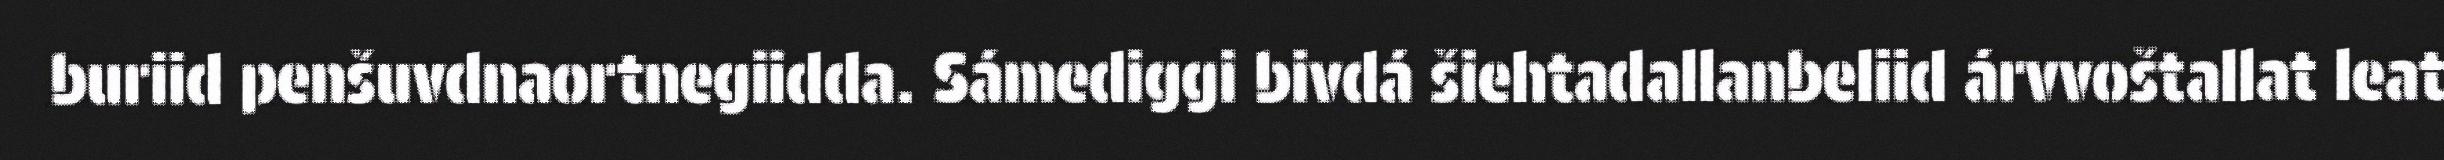
buriid penšuvdnaortnegiidda. Sámediggi bivdá šiehtadallanbeliid árvvoštallat leat